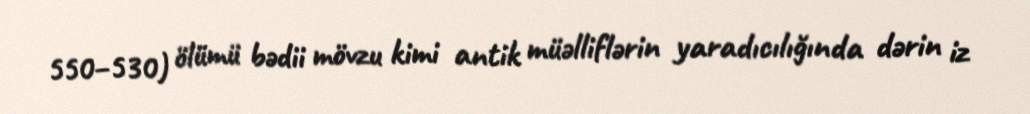
550–530) ölümü bədii mövzu kimi antik müəlliflərin yaradıcılığında dərin iz